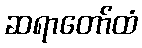
ဆရာတော်ထံ